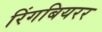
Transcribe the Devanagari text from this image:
रिंगबियरर